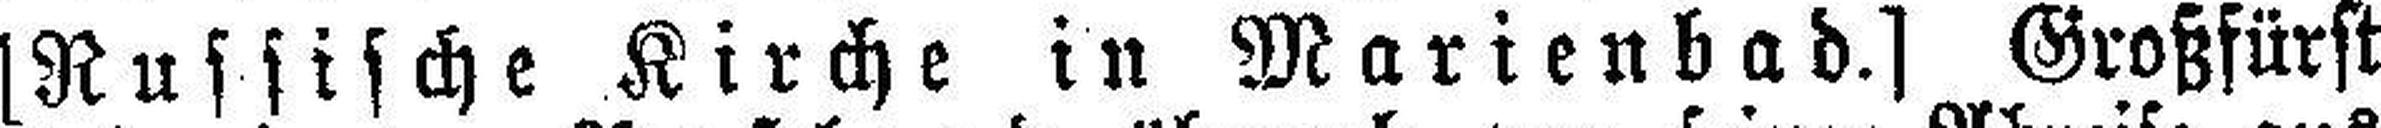
[Russische Kirche in Marienbad.] Großfürst